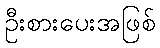
ဦးစားပေးအဖြစ်